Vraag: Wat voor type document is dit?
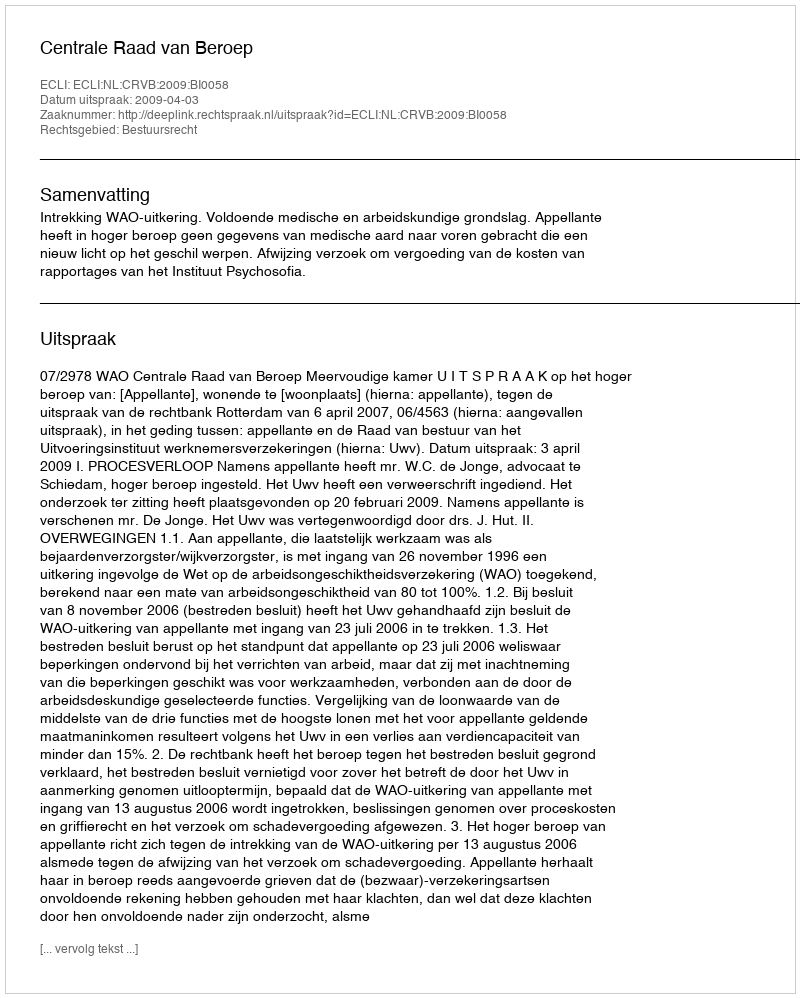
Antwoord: Uitspraak